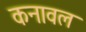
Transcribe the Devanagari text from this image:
कनावल